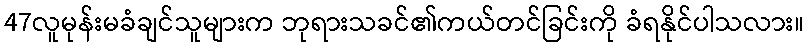
47လူမုန်းမခံချင်သူများက ဘုရားသခင်၏ကယ်တင်ခြင်းကို ခံရနိုင်ပါသလား။